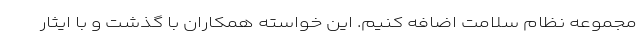
مجموعه نظام سلامت اضافه کنیم. این خواسته همکاران با گذشت و با ایثار